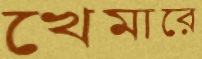
খেমারে